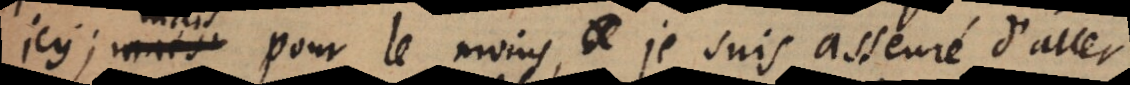
icy; mais pour le moins, je suis asseuré d’aller